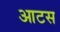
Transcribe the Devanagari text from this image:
आटस